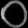
Digit: ၀